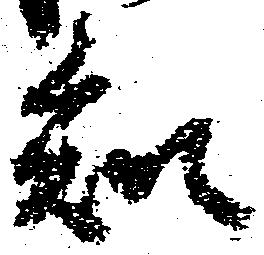
知